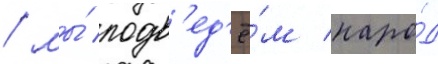
/ мы́ подв'ед'ё́м наро́д